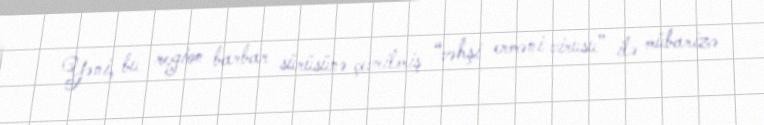
Yəni, bu region barbar sürüsünə çevrilmiş “vəhşi erməni virusu” ilə mübarizə